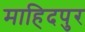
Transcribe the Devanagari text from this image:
माहिदपुर